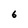
Character: 6